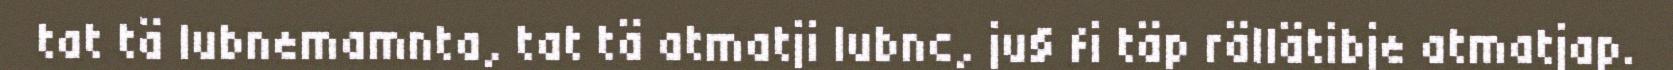
tat tä lubnemamnta, tat tä atmatji lubnc, ju§ fi täp rällätibje atmatjap.